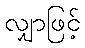
လျှာဖြင့်